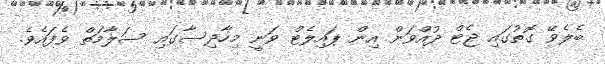
ބެލެވޭ ގޮތުގައި ޖެޓް ދުއްވަން އިން ޕައިލެޓް ވަނީ މިހާދިސާގައި ސަލާމަތް ވެފައެވެ.